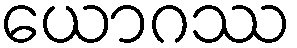
ယောဂဿ